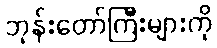
ဘုန်းတော်ကြီးများကို